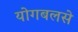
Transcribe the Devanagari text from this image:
योगबलसे